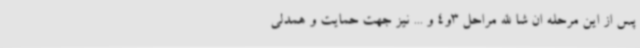
پس از این مرحله ان شا الله مراحل 3و4 و ... نیز جهت حمایت و همدلی